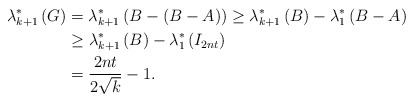
\begin{align*}\lambda_{k+1}^{\ast}\left( G\right) & =\lambda_{k+1}^{\ast}\left(B-\left( B-A\right) \right) \geq\lambda_{k+1}^{\ast}\left( B\right)-\lambda_{1}^{\ast}\left( B-A\right) \\& \geq\lambda_{k+1}^{\ast}\left( B\right) -\lambda_{1}^{\ast}\left(I_{2nt}\right) \\& =\frac{2nt}{2\sqrt{k}}-1.\end{align*}